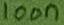
Text: 100n